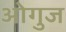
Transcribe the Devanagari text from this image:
ओगुज